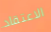
الاعتقاد